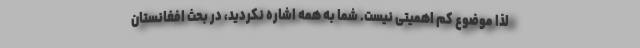
لذا موضوع کم اهمیتی نیست. شما به همه اشاره نکردید، در بحث افغانستان